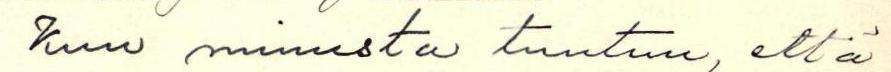
Kun minusta tuntuu, että